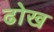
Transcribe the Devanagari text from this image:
ढोख